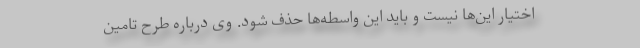
اختیار این‌ها نیست و باید این واسطه‌ها حذف شود. وی درباره طرح تامین